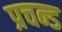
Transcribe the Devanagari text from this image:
प्रचन्ड